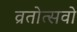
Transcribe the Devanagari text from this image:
व्रतोत्सवो